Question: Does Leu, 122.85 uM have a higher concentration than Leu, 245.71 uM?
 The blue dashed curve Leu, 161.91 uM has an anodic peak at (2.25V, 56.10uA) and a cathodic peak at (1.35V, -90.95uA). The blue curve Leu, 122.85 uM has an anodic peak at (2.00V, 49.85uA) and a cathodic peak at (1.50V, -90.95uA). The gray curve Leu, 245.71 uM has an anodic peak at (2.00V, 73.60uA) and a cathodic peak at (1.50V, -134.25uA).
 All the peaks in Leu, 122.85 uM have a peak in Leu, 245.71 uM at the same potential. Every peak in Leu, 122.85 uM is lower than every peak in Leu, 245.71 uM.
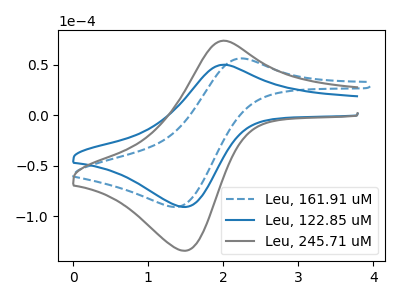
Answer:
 <answer>"Leu, 122.85 uM" has less signal than "Leu, 245.71 uM" and so likely has a lower concentration.</answer>
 <eval>less_concentration</eval>